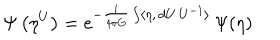
\Psi \left( \eta ^ { U } \right) = e ^ { - \frac { i } { 4 \pi G } \int \langle \eta , \, d U \, U ^ { - 1 } \rangle } \, \Psi ( \eta )